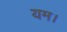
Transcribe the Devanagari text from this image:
यम।